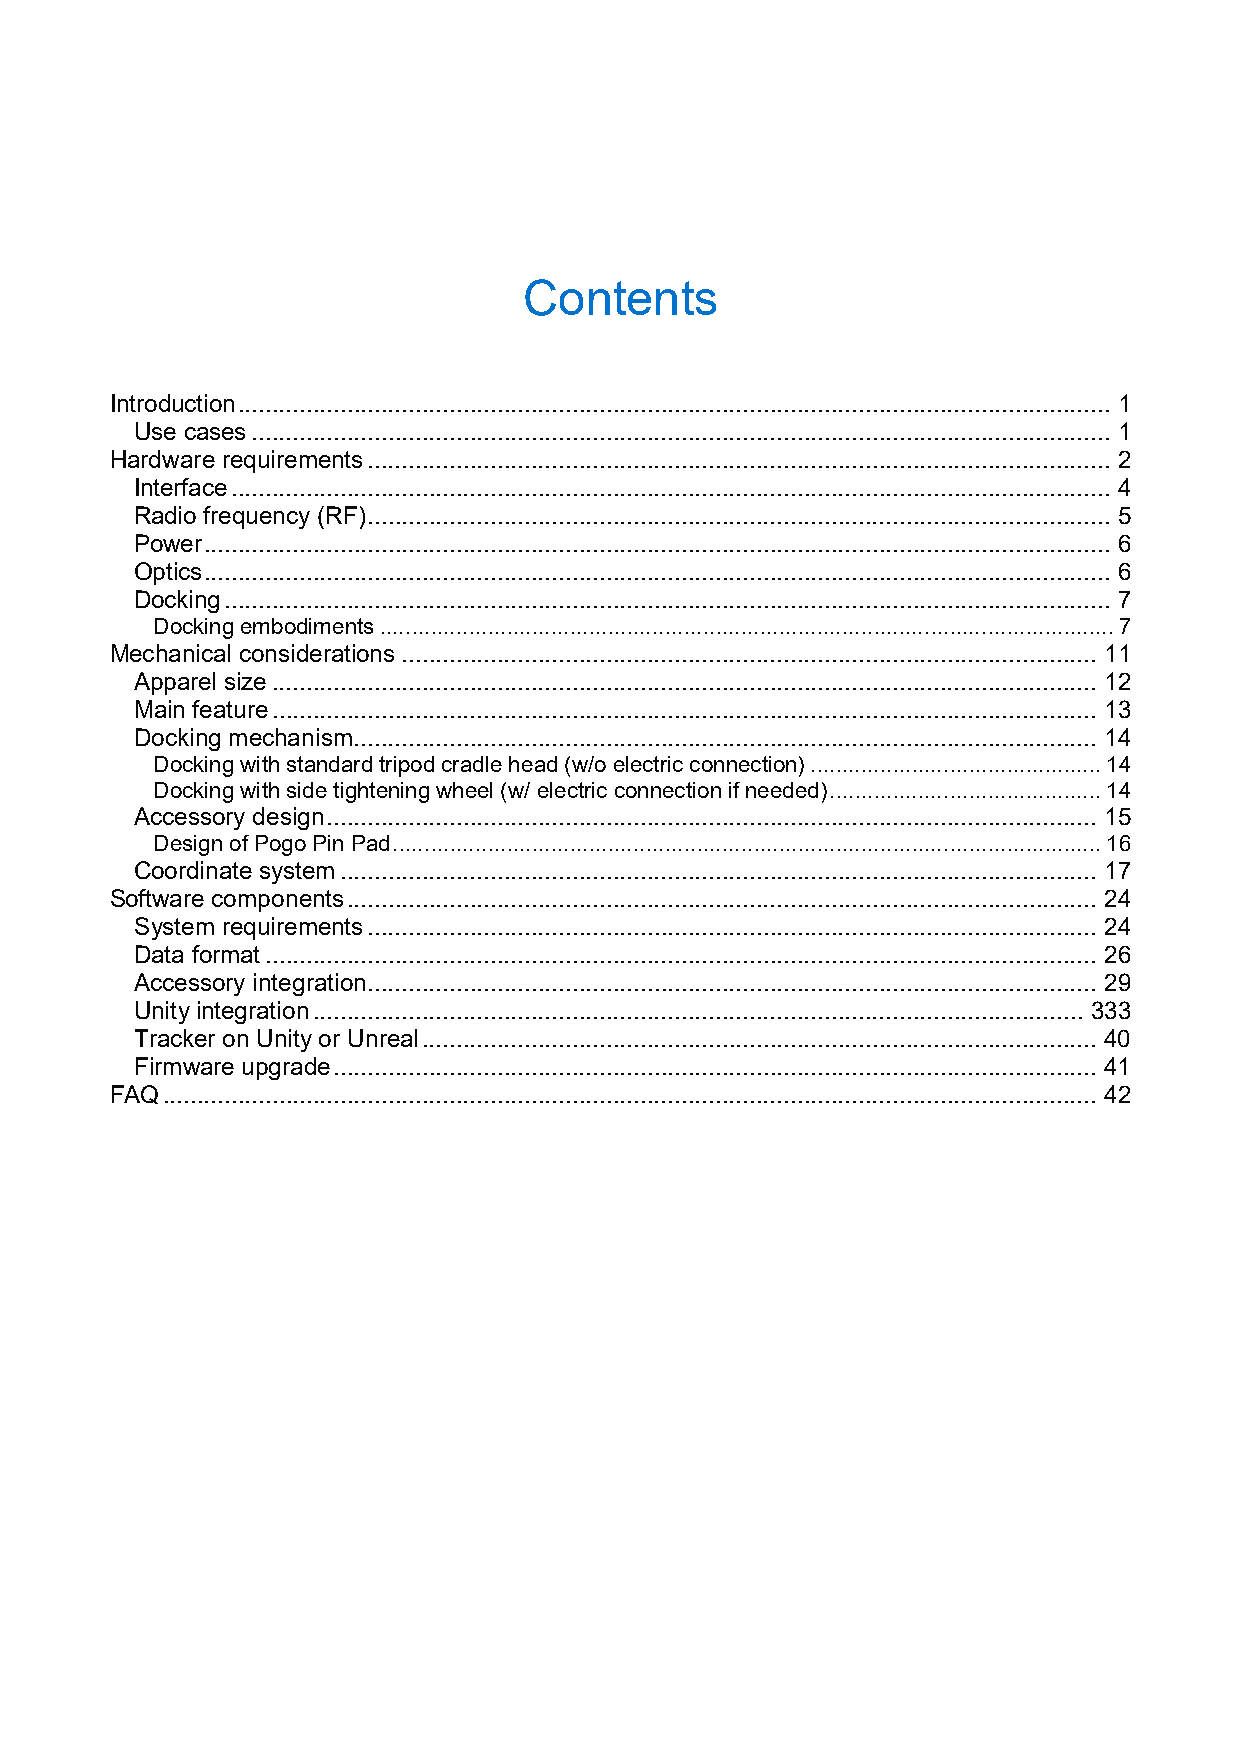
Contents
 Introduction ................................................................................................................................ 1
 Use cases .............................................................................................................................. 1
 Hardware requirements ............................................................................................................. 2
 Interface ................................................................................................................................. 4
 Radio frequency (RF) ............................................................................................................. 5
 Power ..................................................................................................................................... 6
 Optics ..................................................................................................................................... 6
 Docking .................................................................................................................................. 7
 Docking embodiments .................................................................................................................... 7
 Mechanical considerations ...................................................................................................... 11
 Apparel size ......................................................................................................................... 12
 Main feature ......................................................................................................................... 13
 Docking mechanism ............................................................................................................. 14
 Docking with standard tripod cradle head (w/o electric connection) .............................................. 14
 Docking with side tightening wheel (w/ electric connection if needed) ........................................... 14
 Accessory design ................................................................................................................. 15
 Design of Pogo Pin Pad ................................................................................................................ 16
 Coordinate system ............................................................................................................... 17
 Software components .............................................................................................................. 24
 System requirements ........................................................................................................... 24
 Data format .......................................................................................................................... 26
 Accessory integration ........................................................................................................... 29
 Unity integration ................................................................................................................. 333
 Tracker on Unity or Unreal ................................................................................................... 40
 Firmware upgrade ................................................................................................................ 41
 FAQ ......................................................................................................................................... 42